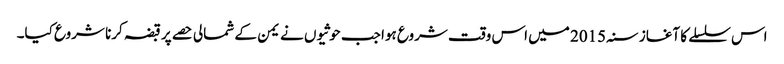
اس سلسلے کا آغاز سنہ 2015 میں اس وقت شروع ہوا جب حوثیوں نے یمن کے شمالی حصے پر قبضہ کرنا شروع کیا۔